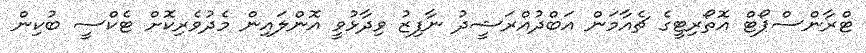
ޓްރާންސްޕޯޓް އޮތޯރިޓީގެ ޗެއާމަން އަބްދުއްރަޝީދު ނާފިޒު ވިދާޅުވީ އޮންލައިން މެދުވެރިކޮށް ޓެކްސީ ބުކިން